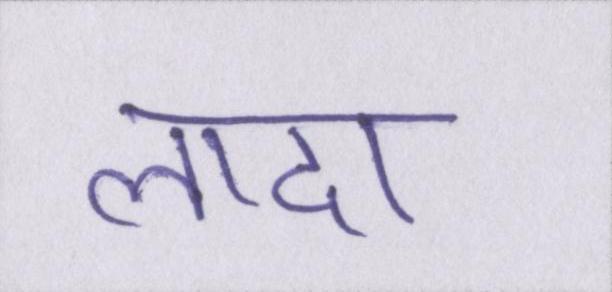
लादा